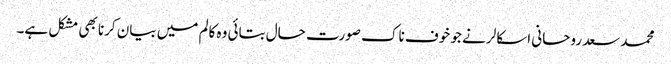
محمد سعد روحانی اسکالر نے جو خوف ناک صورت حال بتائی وہ کالم میں بیان کرنا بھی مشکل ہے۔